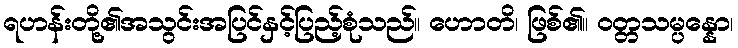
ရဟန်းတို့၏အသွင်းအပြင်နှင့်ပြည့်စုံသည်။ ဟောတိ၊ ဖြစ်၏။ ဝတ္တသမ္ပန္နော၊